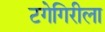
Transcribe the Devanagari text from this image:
टगेगिरीला